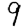
Digit: 9